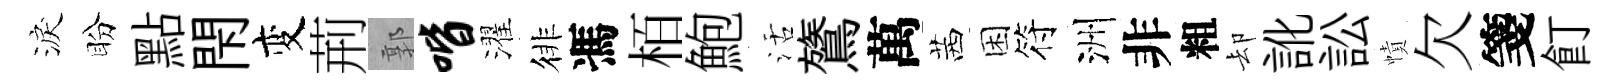
淚盼點閇变荊郭喈濯徘馮栢鮑活鷟萬茜困符洲非粗却訛訟幘欠箋飣